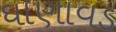
ઘાણાવડ